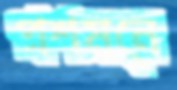
প্রশমনে